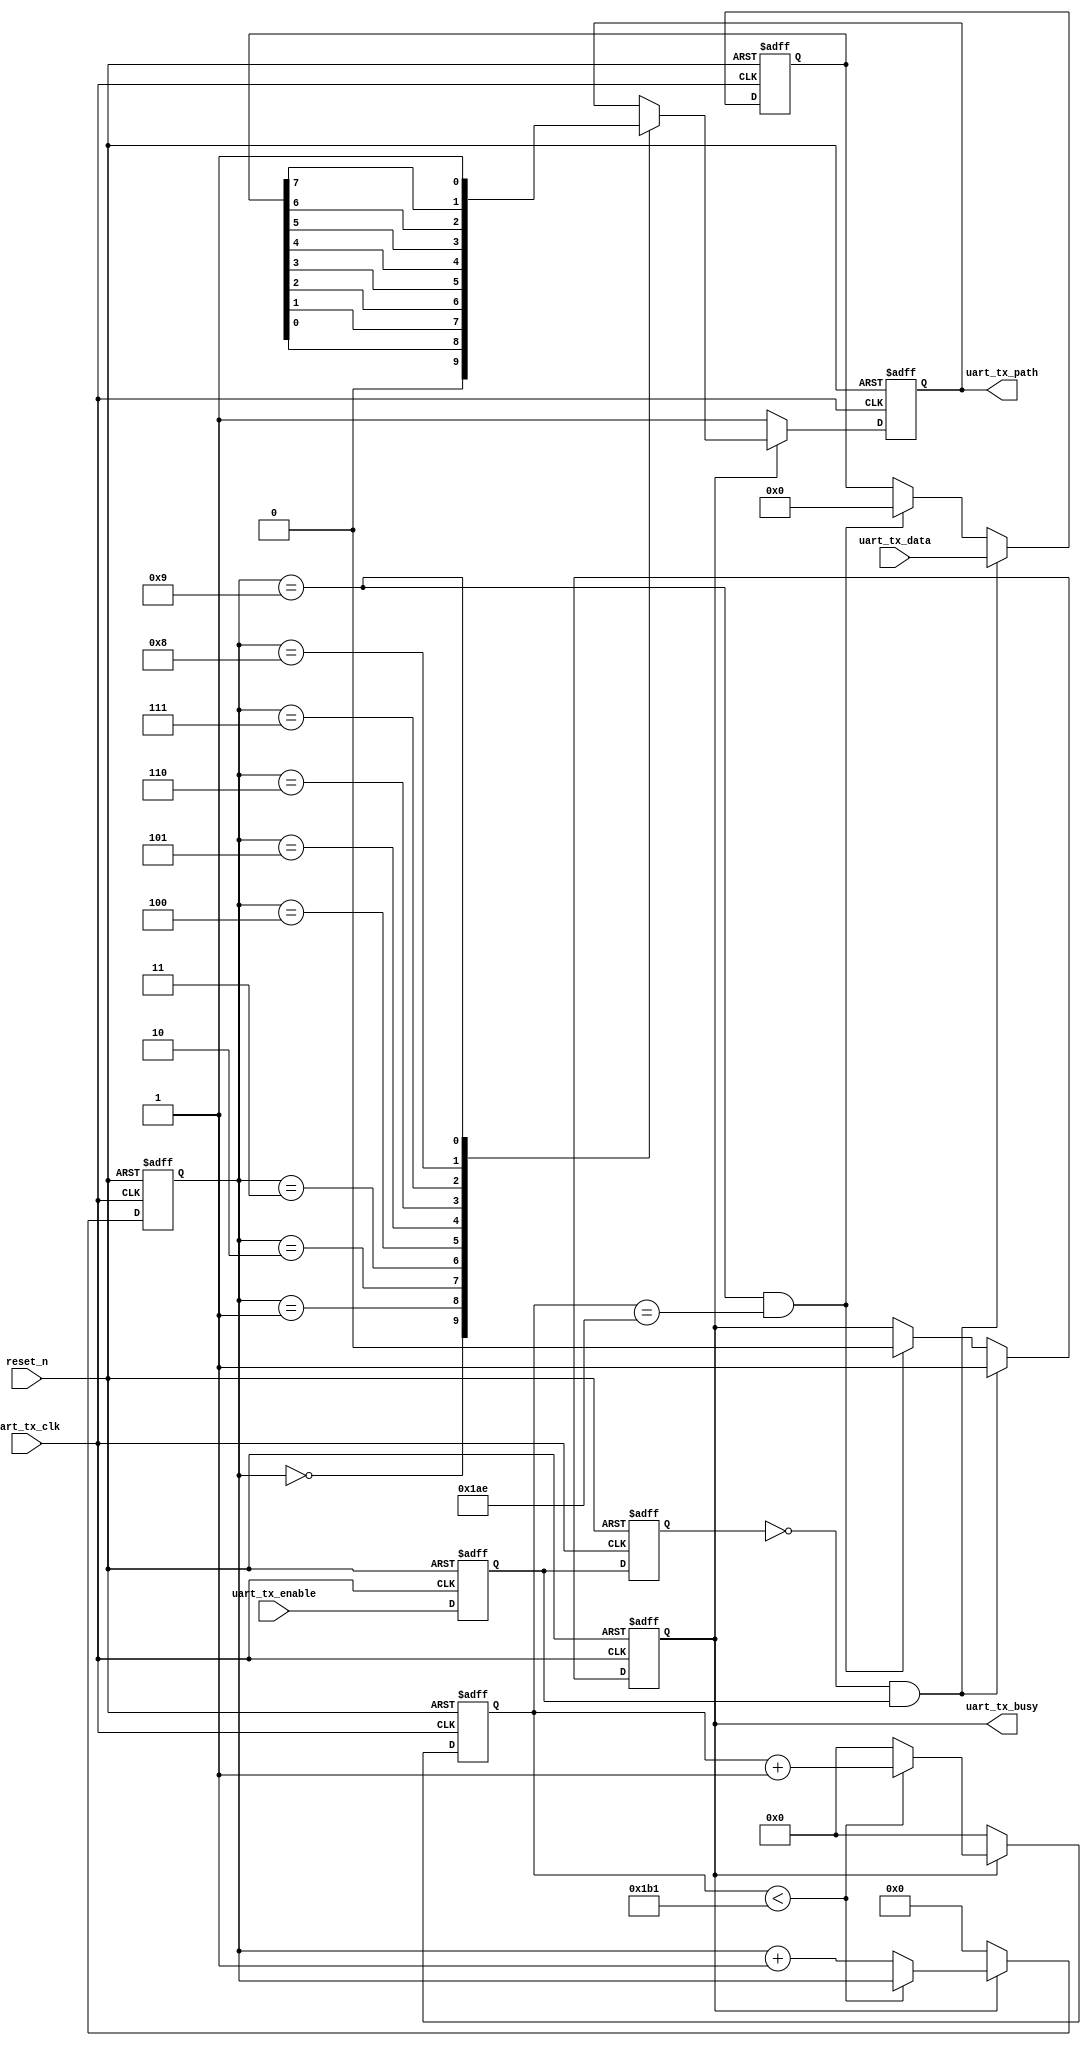
module uart_tx_path
#(
    parameter CLK_FREQ  = 32'd50_000_000,
    parameter UART_BAUD = 32'd115200
)
(
	input wire          uart_tx_clk,
    input wire          reset_n,
    
	input wire  [7:0]   uart_tx_data,
	input wire          uart_tx_enable,
    output wire         uart_tx_busy,
	
	output reg          uart_tx_path
);

    parameter [31:0] BAUD_RATE_CNT = CLK_FREQ / UART_BAUD;
    
    
    reg uart_tx_enable_delay0;
    reg uart_tx_enable_delay1;
    wire uart_tx_enable_flag = (~uart_tx_enable_delay1) & uart_tx_enable_delay0;    // tx enable posedge
    
    reg [31:0]  baud_rate_counter;      // baud rate counter
    reg         uart_send_flag;         // data send flag
    reg [3:0]   bit_send_status;        // bit send status
    reg [7:0]   send_byte;              // send byte
    
    assign uart_tx_busy = uart_send_flag;
    
    always@(posedge uart_tx_clk or negedge reset_n)
    begin
        if(!reset_n)
        begin
            uart_tx_enable_delay0 <= 1'b0;
            uart_tx_enable_delay1 <= 1'b0;
        end
        else
        begin
            uart_tx_enable_delay0 <= uart_tx_enable;
            uart_tx_enable_delay1 <= uart_tx_enable_delay0;
        end
    end
    
    // generate bit_send_status for sending bit signal
    always@(posedge uart_tx_clk or negedge reset_n)
    begin
        if(!reset_n)
        begin
            bit_send_status <= 4'd0;
            baud_rate_counter <= 32'd0;
        end
        else if(uart_send_flag)
        begin
            if(baud_rate_counter < BAUD_RATE_CNT - 1'd1)    // end and wait for next byte
            begin
                bit_send_status <= bit_send_status;
                baud_rate_counter <= baud_rate_counter + 1'd1;
            end
            else
            begin
                bit_send_status <= bit_send_status + 1'd1;
                baud_rate_counter <= 32'd0;
            end
        end
        else
        begin
            bit_send_status <= 4'd0;
            baud_rate_counter <= 32'd0;
        end
    end
    
    // uart_tx_data to send_byte register
    always@(posedge uart_tx_clk or negedge reset_n)
    begin
        if(!reset_n)
        begin
            uart_send_flag <= 1'b0;
            send_byte <= 8'b0;
        end
        else if(uart_tx_enable_flag)
        begin
            uart_send_flag <= 1'b1;
            send_byte <= uart_tx_data;
        end
        else if((bit_send_status == 4'd9) && (baud_rate_counter == (BAUD_RATE_CNT - 3'd4))) // end and wait for next byte
        begin
            uart_send_flag <= 1'b0;
            send_byte <= 8'b0;
        end
        else
        begin
            uart_send_flag <= uart_send_flag;
            send_byte <= send_byte;
        end
    end
    
    // send bit and move bit_cursor
    always@(posedge uart_tx_clk or negedge reset_n)
    begin
        if(!reset_n)
        begin
            uart_tx_path <= 1'b1;
        end
        else if(uart_send_flag)	// wait for send flag
        begin
            case(bit_send_status)
                4'd0: uart_tx_path <= 1'b0;
                4'd1: uart_tx_path <= send_byte[0];
                4'd2: uart_tx_path <= send_byte[1];
                4'd3: uart_tx_path <= send_byte[2];
                4'd4: uart_tx_path <= send_byte[3];
                4'd5: uart_tx_path <= send_byte[4];
                4'd6: uart_tx_path <= send_byte[5];
                4'd7: uart_tx_path <= send_byte[6];
                4'd8: uart_tx_path <= send_byte[7];
                4'd9: uart_tx_path <= 1'b1;
                default: ;
            endcase
        end
        else
        begin
            uart_tx_path <= 1'b1;	// when available, send high
        end
    end
endmodule